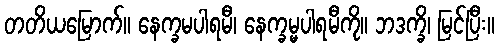
တတိယမြောက်။ နေက္ခမပါရမီ၊ နေက္ခမ္မပါရမီကို။ ဘဒက္ခိ၊ မြင်ပြီး။